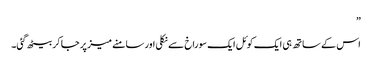
”
اس کے ساتھ ہی ایک کوئل ایک سوراخ سے نکلی اور سامنے میز پر جا کر بیٹھ گئی۔